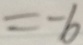
= - 6